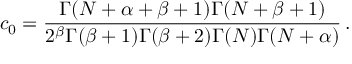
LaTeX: c _ { 0 } = { \frac { \Gamma ( N + \alpha + \beta + 1 ) \Gamma ( N + \beta + 1 ) } { 2 ^ { \beta } \Gamma ( \beta + 1 ) \Gamma ( \beta + 2 ) \Gamma ( N ) \Gamma ( N + \alpha ) } } \, .